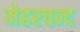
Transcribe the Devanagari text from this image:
मेहरचन्द